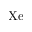
\mathrm { X e }